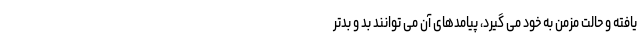
یافته و حالت مزمن به خود می گیرد، پیامدهای آن می توانند بد و بدتر